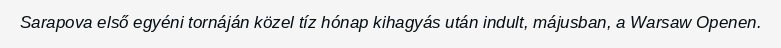
Sarapova első egyéni tornáján közel tíz hónap kihagyás után indult, májusban, a Warsaw Openen.